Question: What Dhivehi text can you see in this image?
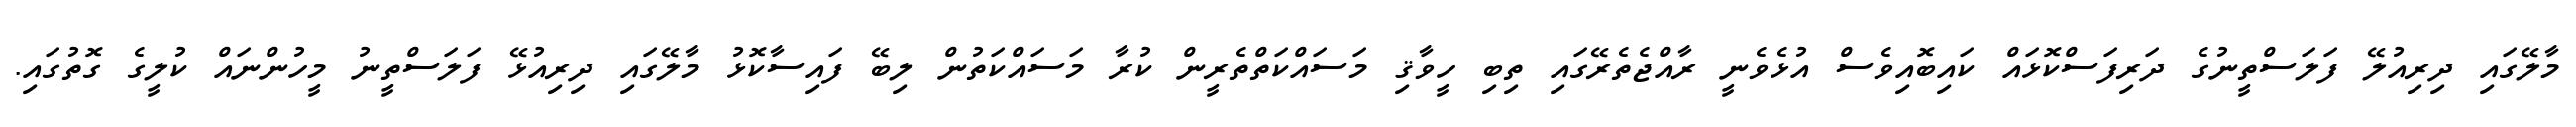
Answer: މާލޭގައި ދިރިއުލޭ ފަލަސްތީނުގެ ދަރިފަސްކޮޅައް ކައިބޮއިވެސް އުޅެވެނީ ރާއްޖެތެރޭގައި ތިބި ހީވާޤި މަސައްކަތްތެރީން ކުރާ މަސައްކަތުން ލިބޭ ފައިސާކޮޅު މާލޭގައި ދިރިއުޅޭ ފަލަސްތީނު މީހުންނައް ކުލީގެ ގޮތުގައި.